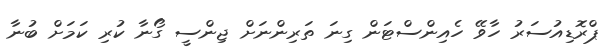
ޕްރޮޑިއުސަރު ހާވޭ ހެއިންސްޓަން ގިނަ ތަރިންނަށް ޖިންސީ ގޯނާ ކުރި ކަމަށް ބުނާ